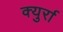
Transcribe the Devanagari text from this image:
क्युर्रा